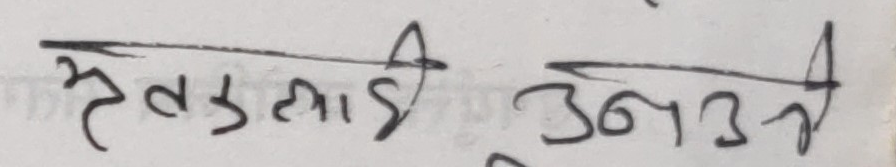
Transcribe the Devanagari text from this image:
भृतकलाई उनु तेले